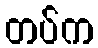
တပ်က